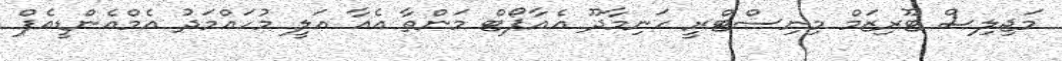
މަޖިލިސް ޓޫރިޒަމް މިނިސްޓްރީ ހަނިމާދޫ އެއާޕޯޓް މަންތާ އެއާ އަލީ މުހައްމަދު އެމްއެންޑީއެފް